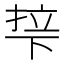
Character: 𬻡